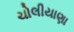
ચોલીયાણા